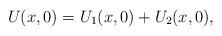
LaTeX: \begin{align*}U(x,0)=U_{1}(x,0)+U_{2}(x,0), \end{align*}